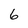
Character: 6